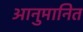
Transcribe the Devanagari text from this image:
आनुमानित